Medical and sanitary report of the native army of Madras for the year
Year: 1876
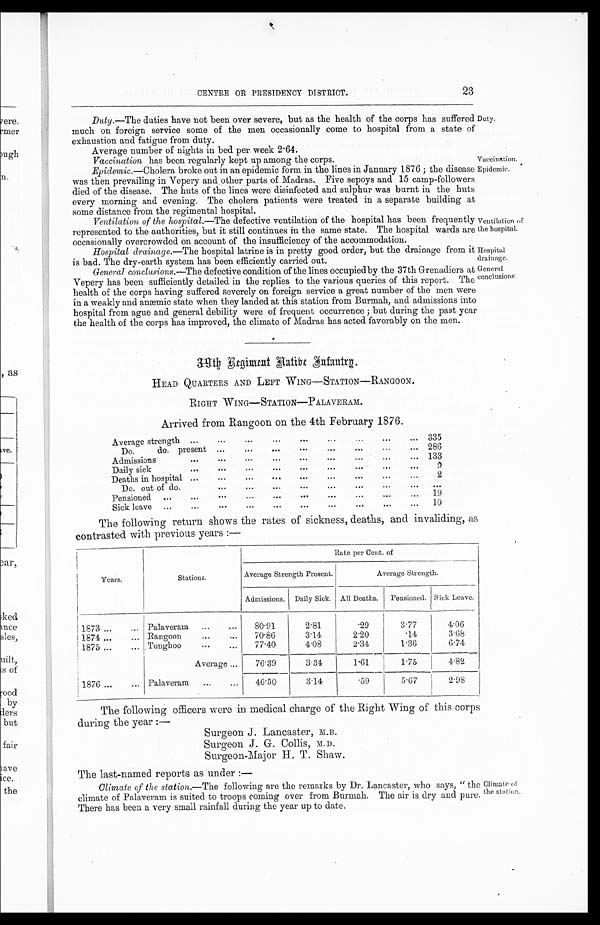
Vaccination.
Epidemic.
Hospital
drainage.
General
conclusions.
CENTRE OR PRESIDENCY DISTRICT. 23
Duty.—The duties have not been over severe, but as the health of the corps has suffered
much on foreign service some of the men occasionally come to hospital from a state
of exhaustion and fatigue from duty.
Average number of nights in bed per week 2.64.
Duty.
Vaccination has been regularly kept up among the corps.
Epidemic.—Cholera broke out in an epidemic form in the lines in January 1876; the disease
was then prevailing in Vepery and other parts of Madras. Five sepoys and 15 camp-followers
died of the disease. The huts of the lines were disinfected and sulphur was burnt in the huts
every morning and evening. The cholera patients were treated in a separate building at
some distance from the regimental hospital.
Ventilation of the hospital.—The defective ventilation of the hospital has been frequently
represented to the authorities, but it still continues in the same state. The hospital wards are
occasionally overcrowded on account of the insufficiency of the accommodation.
Ventilation
of the hospital.
Hospital drainage .—The hospital latrine is in pretty good order, but the drainage from it
is bad. The dry-earth system has been efficiently carried out.
General conclusions.—The defective condition of the lines occupied by the
3 7 t h G r e n a d i e r s a t V e p e r y h a s b e e n s u f f i c i e n t l y d e t a i l e d i n t h e r e p l i e s t o t h e v a r i o u s q u e r i e s o f t h i s r e p o r t . T h e
health of the corps having suffered severely on foreign service a great number of the men were
in a weakly and anæmic state when they landed at this station from Burmah, and admissions into
hospital from ague and general debility were of frequent occurrence; but during the past year
the health of the corps has improved, the climate of Madras has acted favorably on the men.
39th Regiment native Infantry.
HEAD QUARTERS AND LEFT WING—STATION—RANGOON.
RIGHT WING—STATION—PALAVERAM.
Arrived from Rangoon on the 4th February 1876.
Average strength
335
Do. do. present
286
Admissions
133
Daily sick
9
Deaths in hospital
2
D o . o u t o f d o .
. . .
Pensioned
19
Sick leave
10
The following return shows the rates of sickness, deaths, and invaliding, as
contrasted with previous years:—
Years.
Stations.
Rate per Cent. of
Average Strength Present.
Average Strength.
Admissions. Daily Sick. All Deaths. Pensioned. Sick Leave.
1873
Palaveram
80.91
2.81
.29
3.77
4.06
1874
Rangoon
70.86
3.14
2.20
.14
3.68
1875
Tonghoo
77.40
4.08
2.3
1.36
6.74
Average
76.39
3.34
1.61
1.75
4.82
1876
Palaveram
46.50
3.14
.59
5.67
2.98
The following officers were in medical charge of the Right Wing of this corps
during the year:—
Surgeon J. Lancaster, M.B.
Surgeon J. G. Collis, M.D.
Surgeon-Major H. T. Shaw.
The last-named reports as under:—
Climate of the station .—The following are the remarks by Dr. Lancaster, who says, "the
climate of Palaveram is suited to troops coming over from Burmah. The air is dry and pure.
There has been a very small rainfall during the year up to date.
Climate of
the station.